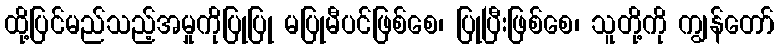
ထို့ပြင်မည်သည့်အမှုကိုပြုပြု မပြုမီပင်ဖြစ်စေ၊ ပြုပြီးဖြစ်စေ၊ သူတို့ကို ကျွန်တော်